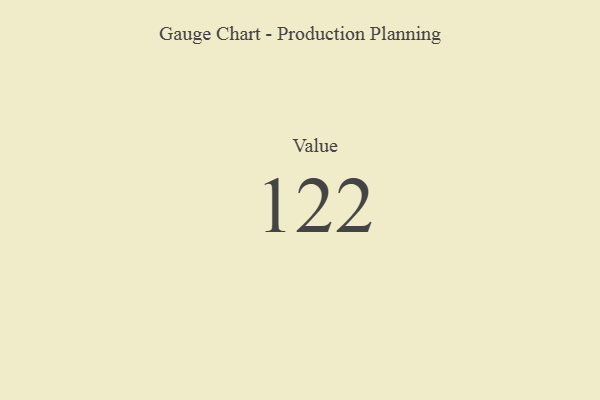
{"axis": {"x": "Metric", "y": "Value"}, "legend": [""], "data": [{"x": "Value", "y": 122, "type": ""}]}